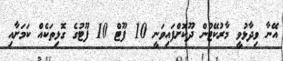
އޭނާ ވިދާޅުވީ މާރުކޭޓުން ދޫކޮށްފައިވަނީ 10 ފޫޓް 10 ފޫޓުގެ ގޮޅިތަކެއް ކަމަށާއި